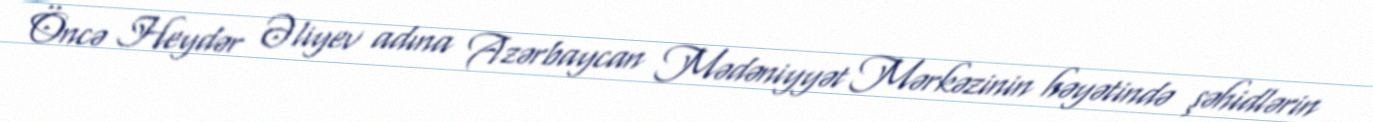
Öncə Heydər Əliyev adına Azərbaycan Mədəniyyət Mərkəzinin həyətində şəhidlərin